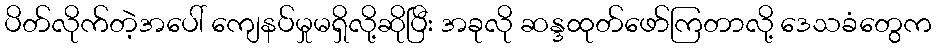
ပိတ်လိုက်တဲ့အပေါ် ကျေနပ်မှုမရှိလို့ဆိုပြီး အခုလို ဆန္ဒထုတ်ဖော်ကြတာလို့ ဒေသခံတွေက